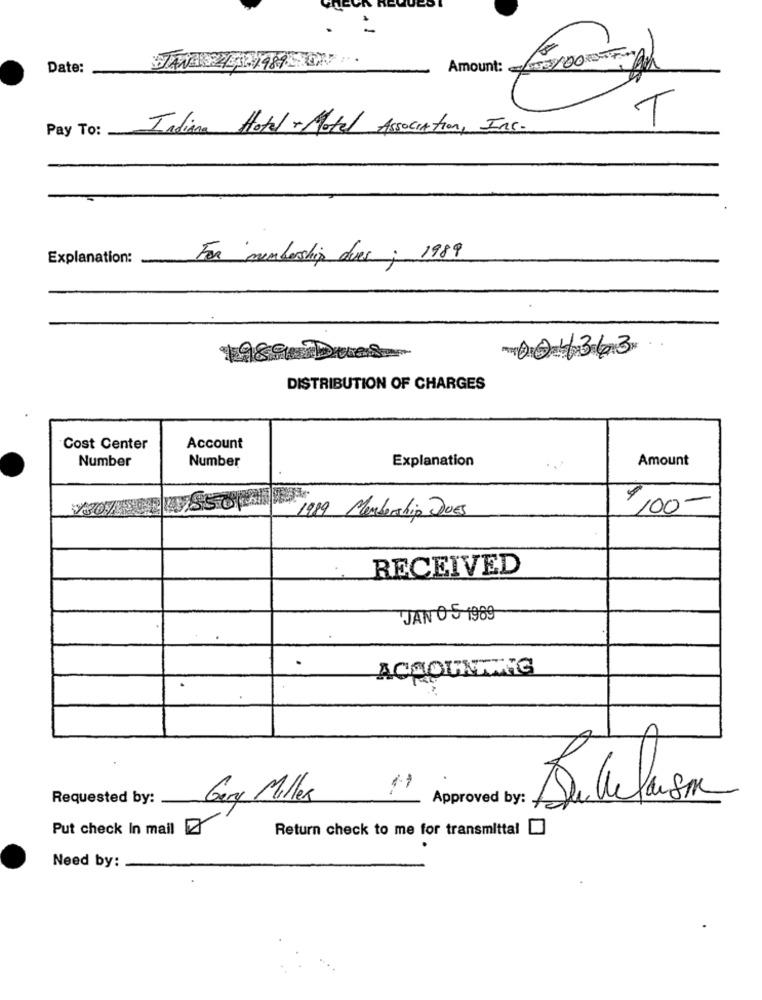
Date:
Amount:
T
Pay To:
Indiana Hotel - Motel Association, Inc.
Explanation:
For membership dues ; 1989
004363
1989 Dues
DISTRIBUTION OF CHARGES
Cost Center
Account
Number
Number
Explanation
Amount
1989 Membership DuES
7,00-
RECEIVED
JAN 0 5 1989
.
ACCOUNTWIE
Requested by:
Gery Miller
Approved by
Put check In mail
Return check to me for transmittal [
Need by: